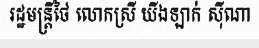
រដ្ឋមន្ត្រីថៃ លោកស្រី យីងឡាក់ ស៊ីណា